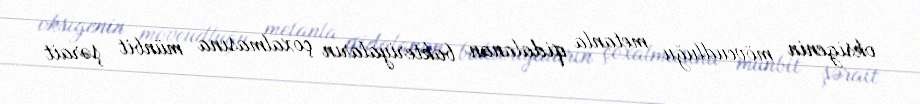
oksigenin mövcudluğu metanla qidalanan bakteriyaların çoxalmasına münbit şərait